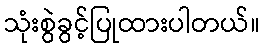
သုံးစွဲခွင့်ပြုထားပါတယ်။